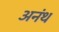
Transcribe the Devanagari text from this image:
अनंथ